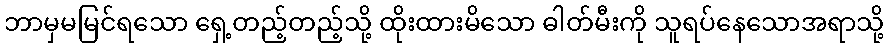
ဘာမှမမြင်ရသော ရှေ့တည့်တည့်သို့ ထိုးထားမိသော ဓါတ်မီးကို သူရပ်နေသောအရာသို့